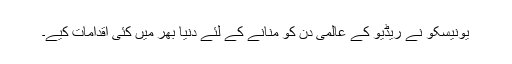
یونیسکو نے ریڈیو کے عالمی دن کو منانے کے لئے دنیا بھر میں کئی اقدامات کیے۔